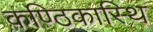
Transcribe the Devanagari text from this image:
कण्ठिकास्थि